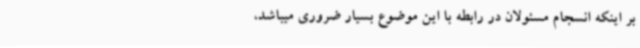
بر اینکه انسجام مسئولان در رابطه با این موضوع بسیار ضروری میباشد،